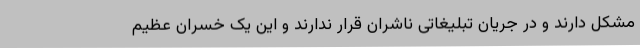
مشکل دارند و در جریان تبلیغاتی ناشران قرار ندارند و این یک خسران عظیم